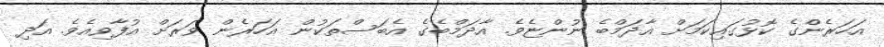
އަހަރެންގެ ކޮޅުގައިކަމަށް އާދަމްބެ ނުންޏެވެ. އާދަމްބެގެ އެބަސްތަކުން އަހަރެން ވަރަށް އުފާވިއެވެ. އަދި